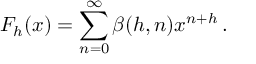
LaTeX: F _ { h } ( x ) = \sum _ { n = 0 } ^ { \infty } \beta ( h , n ) x ^ { n + h } \, .